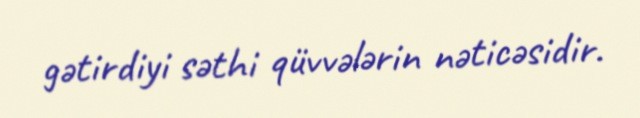
gətirdiyi səthi qüvvələrin nəticəsidir.